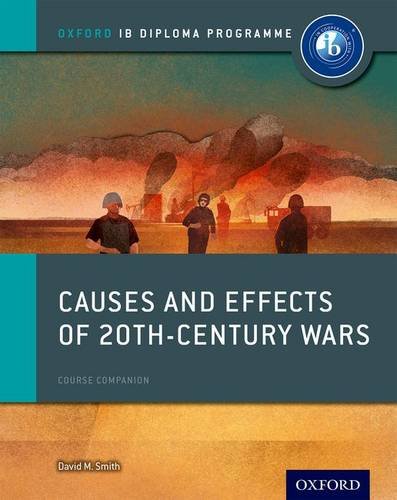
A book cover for Causes and Effects of Conflicts: IB History Course Book: Oxford IB Diploma Program; David Smith; Teen & Young Adult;